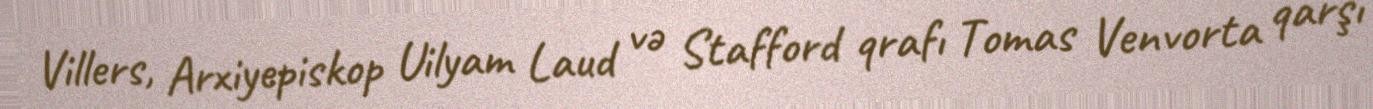
Villers, Arxiyepiskop Uilyam Laud və Stafford qrafı Tomas Venvorta qarşı